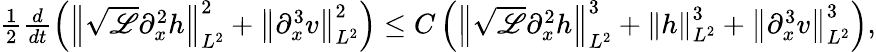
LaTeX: \begin{array}{r}{\frac{1}{2}\frac{d}{dt}\left(\left\| \sqrt{\mathscr{L}}\partial_{x}^{2}h\right\| _{L^{2}}^{2}+\left\| \partial_{x}^{3}v\right\| _{L^{2}}^{2}\right)\leq C\left(\left\| \sqrt{\mathscr{L}}\partial_{x}^{2}h\right\| _{L^{2}}^{3}+\left\| h\right\| _{L^{2}}^{3}+\left\| \partial_{x}^{3}v\right\| _{L^{2}}^{3}\right),}\end{array}